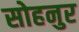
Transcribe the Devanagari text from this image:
सोहनुर